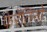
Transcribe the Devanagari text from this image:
फेरेंतिनो